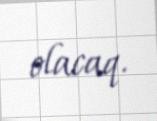
olacaq.